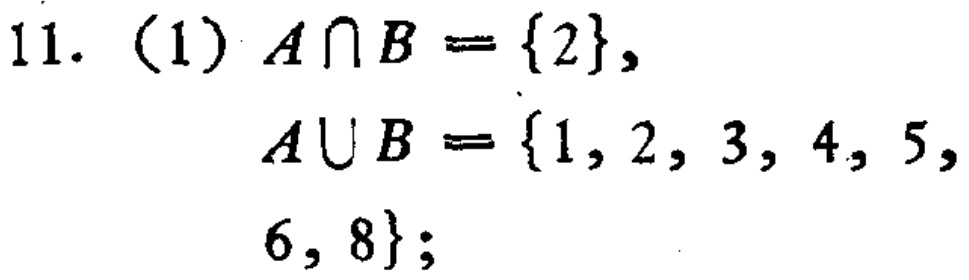
11. (1) $A\cap B = \{2\},$

$A\cup B = \{1, 2, 3, 4, 5, 6, 8\};$